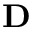
\bf D